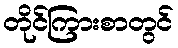
တိုင်ကြားစာတွင်